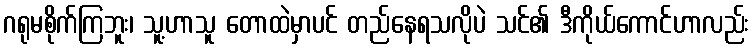
ဂရုမစိုက်ကြဘူး၊ သူ့ဟာသူ တောထဲမှာပင် တည်နေရသလိုပဲ သင်၏ ဒီကိုယ်ကောင်ဟာလည်း